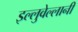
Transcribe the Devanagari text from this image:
इल्लुवेल्लानी